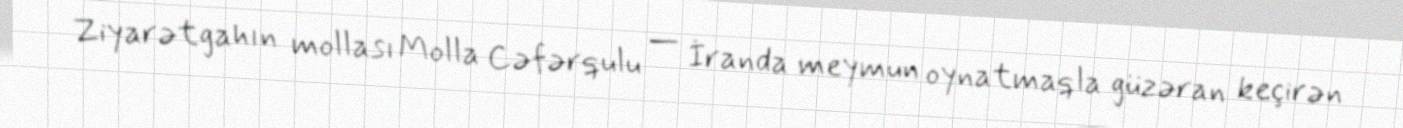
Ziyarətgahın mollası Molla Cəfərqulu — İranda meymun oynatmaqla güzəran keçirən